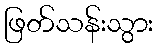
ဖြတ်သန်းသွား